Report on sanitation, dispensaries, and jails in Rajputana for 1911, and on vaccination for the year 1911-1912 - 1911-1912
Year: 1911
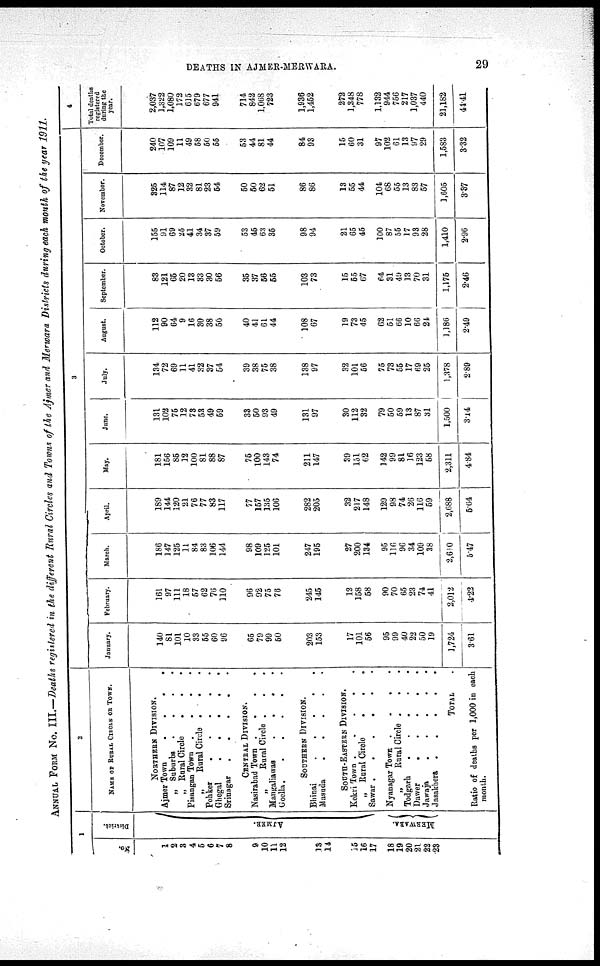
DEATHS IN AJMER-MERWARA.
29
ANNUAL FROM No. III.—Deaths registered in the different Rural Circles and Towns of the Ajmer and Merwara Districts during each month of the year 1911.
1
No.
1
2
3
4
5
6
7
8
9
10
11
12
13
14
15
16
17
18
19
20
21
22
23
District.
AJMER.
MERWARA.
2
NAME OF RURAL CIRCLE OR TOWN.
NORTHERN DIVISION.
Ajmer Town
.
. . .
„ Suburbs .
.
.
.
„ Rural Circle
.
. .
Pisangan Town
.
. . .
„
Rural Circle .
. .
Pohker
.
.
.
.
.
Ghegal
.
.
.
.
.
Srinagar
.
.
.
.
.
CENTRAL DIVISION.
Nasirabad Town .
.
.
.
„
Rural Circle . . .
Mangaliawas
.
. . .
Goella.
.
.
.
.
.
SOUTHERN DIVISION.
Bhinai
.
.
.
.
.
Masuda
.
.
.
.
.
SOUTH-EASTERN DIVISION.
Kokri Town .
.
.
.
.
„ Rural Circle
.
.
.
Sawar .
.
.
.
.
.
Nyanagar Town .
.
.
.
„
Rural Circle . . .
Todgarh
.
.
.
.
.
Dawer
.
.
.
.
.
Jawaja
.
.
.
.
.
Jasakhera .
.
.
.
.
TOTAL .
Ratio of deaths per 1,000 in each
month.
3
January.
140
81
101
10
33
55
60
96
65
79
99
50
203
153
17
101
56
95
99
40
22
50
19
1,724
3.61
February.
161
97
111
18
57
62
76
110
96
92
75
76
245
145
12
158
58
90
70
65
23
74
41
2,012
4.22
March.
186
147
125
11
84
83
106
144
98
109
125
101
247
195
27
200
134
95
116
96
34
109
38
2,610
5.47
April.
189
144
120
21
76
77
83
117
77
157
135
106
282
205
32
217
148
129
98
74
26
116
59
2,688
5.64
May.
181
156
85
12
100
81
88
87
75
100
143
74
211
147
39
151
62
142
99
81
16
123
58
2,311
4.84
June.
131
102
75
12
73
53
49
59
33
50
93
49
131
97
30
112
32
79
50
59
13
87
31
1,500
3.14
July.
134
72
69
11
41
32
37
54
39
38
75
38
138
97
32
101
56
75
73
55
17
69
25
1,378
2.89
August.
112
90
64
9
16
30
38
50
40
41
61
44
108
67
19
73
45
62
51
66
10
66
21
1,186
2.49
September.
83
121
65
20
13
33
30
56
35
37
56
55
103
73
15
55
67
64
31
49
13
70
31
1,175
2.46
October.
155
91
69
25
41
34
37
59
53
45
63
35
98
94
21
65
45
100
87
55
17
93
28
1,410
2.96
November.
325
114
87
12
32
81
23
54
50
50
62
51
86
86
13
55
44
104
68
55
13
83
57
1,605
3.37
December.
240
107
109
11
49
58
50
55
53
44
81
44
84
93
15
60
31
97
102
61
13
97
29
1,583
3.32
4
Total deaths
registered
during the
year.
2,037
1,322
1,080
172
615
679
677
941
714
842
1,068
723
1,936
1,452
272
1,348
778
1,132
944
756
217
1,037
440
21,182
44.41